Civil Veterinary Department. United Provinces 1912-22 - 1912-1922
Year: 1912
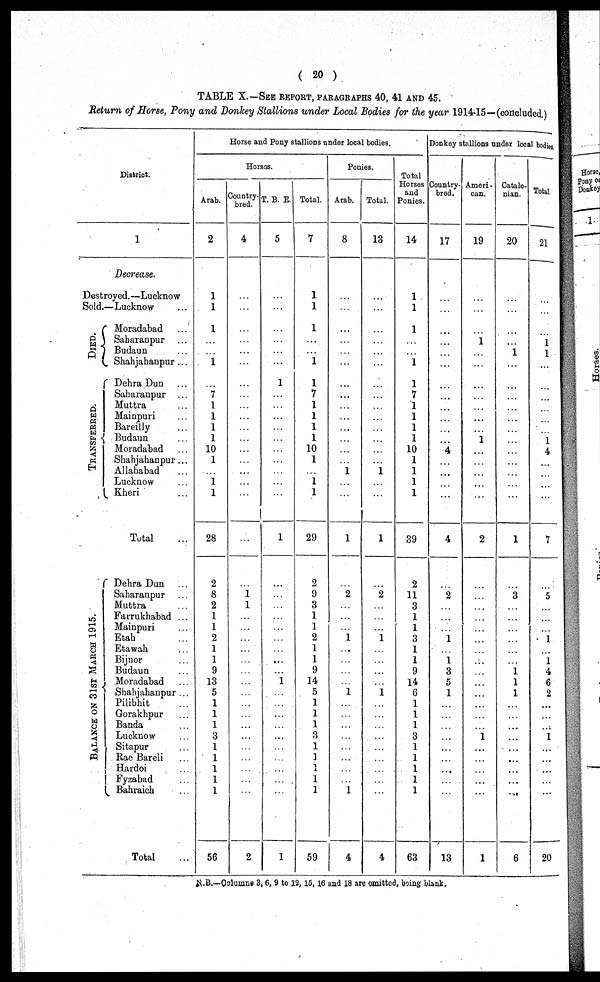
( 20 )
TABLE X.—SEE REPORT, PARAGRAPHS 40, 41 AND 45.
Return of Horse, Pony and Donkey Stallions under Local Bodies for the year 1914-15—(concluded.)
District.
1
Decrease.
Destroyed.—Lucknow
Sold.—Lucknow …
DIED.
TRANSFERRED.
BALANCE ON 31ST MARCH 1915.
Moradabad …
Saharanpur …
Budaun …
Shahjahanpur ...
Dehra Dun …
Saharanpur …
Muttra
...
Mainpuri
...
Bareilly
...
Budaun …
Moradabad …
Shahjahanpur ...
Allahabad …
Lucknow …
Kheri …
Total …
Dehra Dun …
Saharanpur …
Muttra …
Farrukhabad ...
Mainpuri …
Etah …
Etawah
...
Bijner …
Budaun …
Moradabad …
Shahjahanpur ...
Pilibhit …
Gorakhpur …
Banda …
Lucknow …
Sitapur …
Rae Bareli …
Hardoi …
Fyzabad …
Bahraich …
Total …
Horse and Pony stallions under local bodies.
Horses.
Arab.
2
1
1
1
…
…
1
…
7
1
1
1
1
10
1
...
1
1
28
2
8
9
1
1
2
1
1
9
13
5
1
1
1
3
1
1
1
1
1
56
Country-
bred.
4
…
…
…
…
…
…
…
…
…
…
…
…
…
…
…
…
…
…
…
1
1
…
…
…
…
…
…
…
…
…
…
...
… ...
…
…
…
…
…
2
T. B. E.
5
…
…
…
…
…
…
1
…
…
…
…
…
…
…
…
…
1
…
. . .
…
...
…
…
…
…
…
1
…
…
…
…
…
…
…
…
…
…
1
Total.
7
1
1
1
…
…
1
1
7
1
1
1
1
10
1
1
1
29
2
9
3
1
1
2
1
1
9
14
5
1
1
1
…
1
1
…
1
1
59
Penies.
Arab.
8
…
…
…
…
…
…
…
…
…
…
…
…
…
…
1
…
...
1
…
2
…
…
…
1
…
…
…
…
1
…
…
…
…
…
…
…
…
1
4
Total.
13
…
…
…
…
…
…
…
…
…
…
…
...
…
…
1
…
…
1
…
2
…
…
…
1
…
…
…
…
1
…
…
…
…
…
…
…
…
…
4
Total
Horses
and
Ponies.
14
1
1
1
…
…
1
1
7
1
1
1
1
10
1
1
1
1
39
2
11
3
1
1
3
1
1
9
14
6
1
1
1
3
1
1
1
1
1
63
Donkey stallions under local bodies
Country-
bred.
17
…
…
…
…
…
…
…
…
…
…
…
…
4
…
. . .
…
…
4
…
2
…
…
…
1
…
1
3
5
1
…
…
…
…
…
…
...
…
…
13
Ameri-
can.
19
…
…
…
1
…
…
…
…
…
…
…
1
…
…
…
…
…
2
…
…
…
…
…
…
…
…
…
…
…
…
…
…
1
…
…
…
…
…
1
Catalo-
nian.
20
…
…
…
1
…
…
…
…
…
…
…
…
…
…
…
1
…
3
…
...
…
…
…
…
1
1
1
…
…
…
…
…
...
…
...
…
6
Total.
21
…
…
…
1
1
…
…
…
…
…
…
1
4
…
…
…
…
7
…
5
…
…
…
1
…
1
4
6
2
...
…
…
1
…
…
…
…
…
20
N. B. —Columns 3, 6, 9 to 12, 15, 16 and 18 are omitted, being blank.